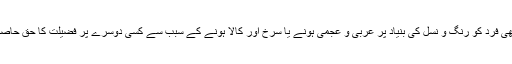
اس لیے کسی بھی فرد کو رنگ و نسل کی بنیاد پر عربی و عجمی ہونے یا سرخ اور کالا ہونے کے سبب سے کسی دوسرے پر فضیلت کا حق حاصل نہیں ہو سکتا۔